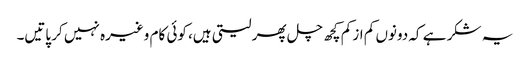
یہ شکر ہے کہ دونوں کم از کم کچھ چل پھر لیتی ہیں، کوئی کام وغیرہ نہیں کر پاتیں۔